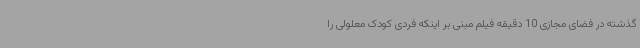
گذشته در فضای مجازی 10 دقیقه فیلم مبنی بر اینکه فردی کودک معلولی را